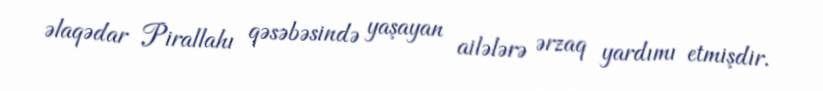
əlaqədar Pirallahı qəsəbəsində yaşayan ailələrə ərzaq yardımı etmişdir.